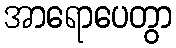
အာရောပေတွာ